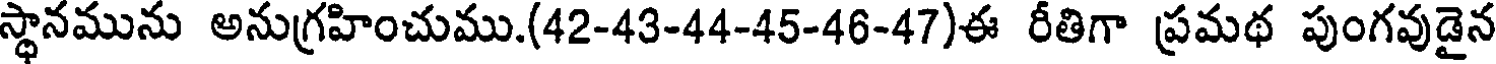
స్థానమును అనుగ్రహించుము.(42-43-44-45-46-47)ఈ రీతిగా ప్రమథ పుంగవుడైన